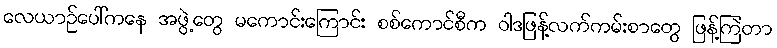
လေယာဉ်ပေါ်ကနေ အဖွဲ့တွေ မကောင်းကြောင်း စစ်ကောင်စီက ဝါဒဖြန့်လက်ကမ်းစာတွေ ဖြန့်ကြဲတာ